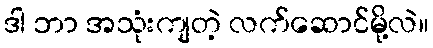
ဒါ ဘာ အသုံးကျတဲ့ လက်ဆောင်မို့လဲ။